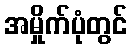
အမှိုက်ပုံတွင်